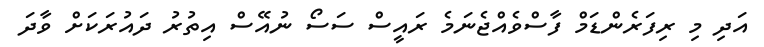
އަދި މި ރިފަރެންޑަމް ފާސްވެއްޖެނަމެ ރައީސް ސަސޯ ނުއޭސް އިތުރު ދައުރަކަށް ވާދަ